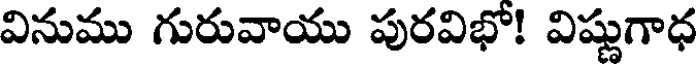
వినుము గురువాయు పురవిభో! విష్ణుగాధ